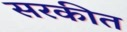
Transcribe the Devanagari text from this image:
सरकीत